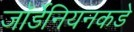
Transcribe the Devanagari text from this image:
जॉर्डेनियनकडे